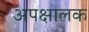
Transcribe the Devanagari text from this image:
अपक्षालक